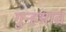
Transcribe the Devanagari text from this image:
गुन्हय़ात